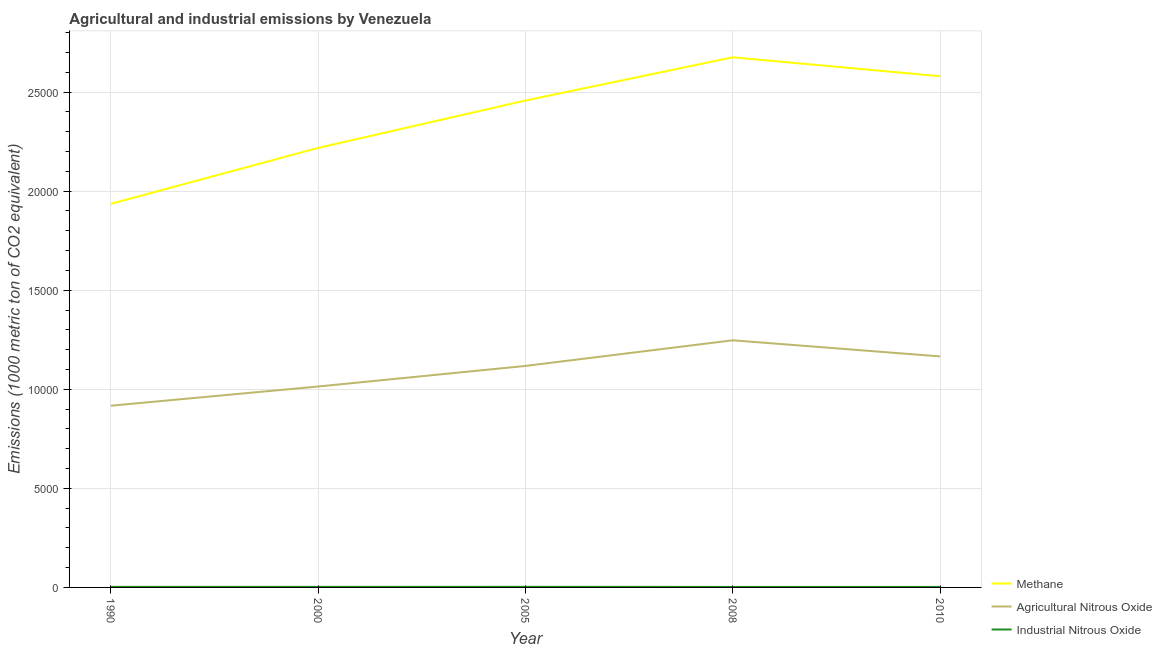
| Year | Methane | Agricultural Nitrous Oxide | Industrial Nitrous Oxide |
 | --- | --- | --- | --- |
 | 1990 | 1.94e+04 | 9.17e+03 | 27.9 |
 | 2000 | 2.22e+04 | 1.01e+04 | 27.9 |
 | 2005 | 2.46e+04 | 1.12e+04 | 30.1 |
 | 2008 | 2.68e+04 | 1.25e+04 | 25.4 |
 | 2010 | 2.58e+04 | 1.17e+04 | 25.7 |